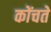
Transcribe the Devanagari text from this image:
कोंचते